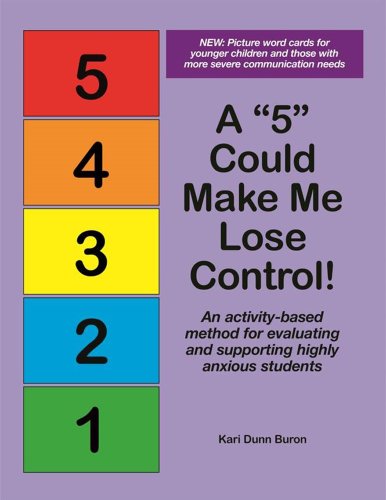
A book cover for A "5" Could Make Me Lose Control! An activity-based method for evaluating and supporting highly anxious students; Kari Dunn Buron; Education & Teaching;